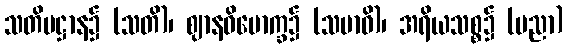
သတိပဋ္ဌာန၌ (သတိ)၊ ဈာနဝိမောက္ခ၌ (သမာဓိ)၊ အရိယသစ္စ၌ (ပညာ)